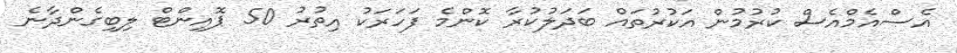
އެސްއެމްއެސް ކުރުމުން އަކުރުތައް ބަދަލުކުރާ ކޮންމެ ފަހަރަކު އިތުރު 50 ޕޮއިންޓް ލިބިގެންދާނެ